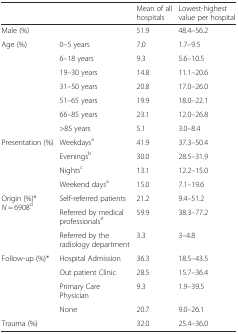
<table><thead><tr><td colspan="2"></td><td><b>Mean of all hospitals</b></td><td><b>Lowest-highest value per hospital</b></td></tr></thead><tbody><tr><td colspan="2">Male (%)</td><td>51.9</td><td>48.4–56.2</td></tr><tr><td rowspan="7">Age (%)</td><td>0–5 years</td><td>7.0</td><td>1.7–9.5</td></tr><tr><td>6–18 years</td><td>9.3</td><td>5.6–10.5</td></tr><tr><td>19–30 years</td><td>14.8</td><td>11.1–20.6</td></tr><tr><td>31–50 years</td><td>20.8</td><td>17.0–26.0</td></tr><tr><td>51–65 years</td><td>19.9</td><td>18.0–22.1</td></tr><tr><td>66–85 years</td><td>23.1</td><td>12.0–26.8</td></tr><tr><td>&gt;85 years</td><td>5.1</td><td>3.0–8.4</td></tr><tr><td rowspan="4">Presentation (%)</td><td>Weekdays<sup>a</sup></td><td>41.9</td><td>37.3–50.4</td></tr><tr><td>Evenings<sup>b</sup></td><td>30.0</td><td>28.5–31.9</td></tr><tr><td>Nights<sup>c</sup></td><td>13.1</td><td>12.2–15.0</td></tr><tr><td>Weekend days<sup>a</sup></td><td>15.0</td><td>7.1–19.6</td></tr><tr><td rowspan="3">Origin (%)* <i>N</i> = 6908<sup>d</sup></td><td>Self-referred patients</td><td>21.2</td><td>9.4–51.2</td></tr><tr><td>Referred by medical professionals<sup>e</sup></td><td>59.9</td><td>38.3–77.2</td></tr><tr><td>Referred by the radiology department</td><td>3.3</td><td>3–4.8</td></tr><tr><td rowspan="4">Follow-up (%)*</td><td>Hospital Admission</td><td>36.3</td><td>18.5–43.5</td></tr><tr><td>Out patient Clinic</td><td>28.5</td><td>15.7–36.4</td></tr><tr><td>Primary Care Physician</td><td>9.3</td><td>1.9–39.5</td></tr><tr><td>None</td><td>20.7</td><td>9.0–26.1</td></tr><tr><td colspan="2">Trauma (%)</td><td>32.0</td><td>25.4–36.0</td></tr></tbody></table>